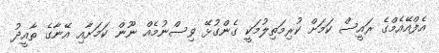
އެފްއޭއެމްގެ ރައީސް ކަމަށް ކުރިމަތިލުމަކީ ގެންގުޅޭ ވިސްނުމެއް ނޫން ކަމަށާއި އޭނާގެ ތާއީދު